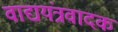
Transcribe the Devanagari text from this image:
वाद्ययंत्रवादक